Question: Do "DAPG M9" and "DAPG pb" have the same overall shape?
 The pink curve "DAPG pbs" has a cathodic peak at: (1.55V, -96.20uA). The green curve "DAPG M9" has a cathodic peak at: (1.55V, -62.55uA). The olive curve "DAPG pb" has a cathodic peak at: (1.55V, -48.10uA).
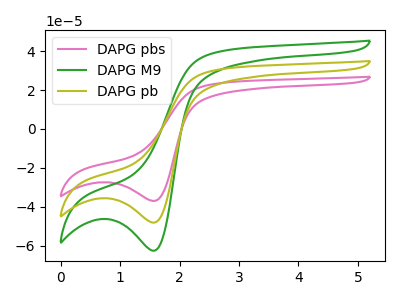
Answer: <think>All the peaks in "DAPG M9" have a peak in "DAPG pb" at the same potential. Every peak in "DAPG M9" is higher than every peak in "DAPG pb".
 </think>
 <answer>"DAPG M9" and "DAPG pb" are similar in shape.</answer>
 <eval>same_shape</eval>